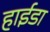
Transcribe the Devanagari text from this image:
हाईडा